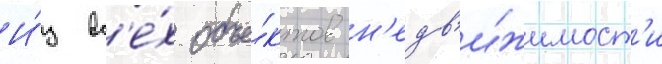
И́з вс'е́х объе́ктов н'едв'и́жимост'и